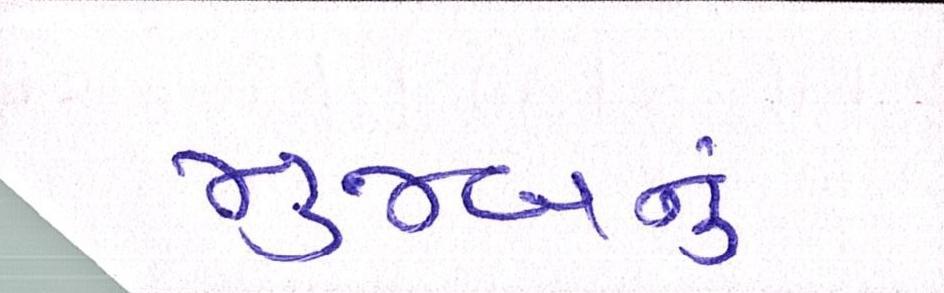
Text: મુજબનું